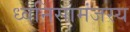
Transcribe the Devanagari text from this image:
ध्वनिसामंजस्य